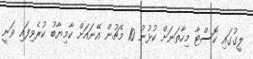
ލީގުގައި ކޮސްޓާ މިހާތަނަށް ކުޅުނު 10 މެޗުން އޭނައަށް ކާމިޔާބު ކުރެވިފައި ވަނީ